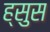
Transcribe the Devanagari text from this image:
ह्सुस